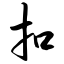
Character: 扣